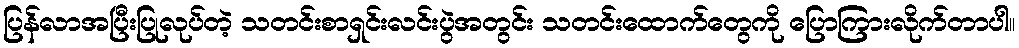
ပြန်လာအပြီးပြုလုပ်တဲ့ သတင်းစာရှင်းလင်းပွဲအတွင်း သတင်းထောက်တွေကို ပြောကြားလိုက်တာပါ။